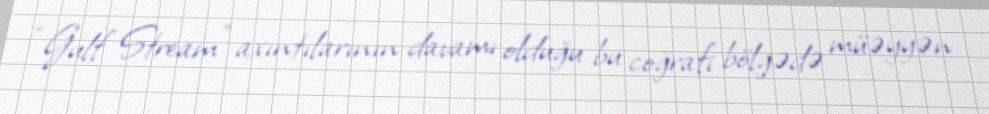
“Gulf Stream” axıntılarının davamı olduğu bu coğrafi bölgədə müəyyən